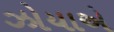
ઝોયાએ